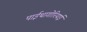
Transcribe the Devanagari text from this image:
पाईथागोरियाई